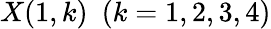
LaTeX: X(1,k)~~(k=1,2,3,4)